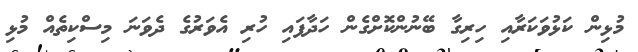
މުޅިން ކަޅުވަކަރާއި ހިރިގާ ބޭނުންކޮށްގެން ހަދާފައި ހުރި އެވަރުގެ ދެވަނަ މިސްކިތެއް މުޅި